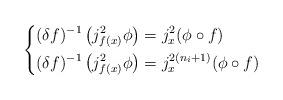
LaTeX: \begin{align*}\left \{\begin{aligned}\mathcal (\delta f)^{-1}\left(j^2_{f(x)}\phi\right) &= j^2_x(\phi \circ f) & \\\mathcal (\delta f)^{-1}\left(j^2_{f(x)}\phi\right) &= j^{2(n_i+1)}_x(\phi \circ f) &\end{aligned}\right.\end{align*}